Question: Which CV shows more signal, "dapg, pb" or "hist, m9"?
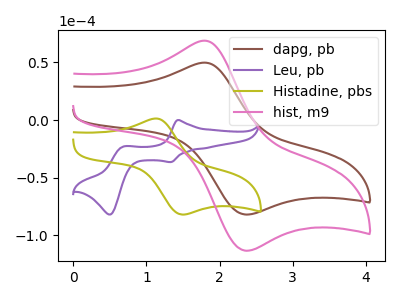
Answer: <think>The brown curve "dapg, pb" has an anodic peak at (1.80V, 49.80uA) and a cathodic peak at (2.35V, -82.10uA). The purple curve "Leu, pb" has anodic peaks at (1.45V, 0.00uA) (0.70V, -22.90uA) and cathodic peaks at (1.35V, -36.50uA) (0.50V, -82.00uA). The olive curve "Histadine, pbs" has an anodic peak at (1.15V, 1.30uA) and a cathodic peak at (1.50V, -82.10uA). The pink curve "hist, m9" has an anodic peak at (1.80V, 68.85uA) and a cathodic peak at (2.35V, -113.50uA).
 All the peaks in "dapg, pb" have a peak in "hist, m9" at the same potential. Every peak in "dapg, pb" is lower than every peak in "hist, m9".</think>
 <answer>"dapg, pb" has less signal than "hist, m9".</answer>
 <eval>less_signal</eval>